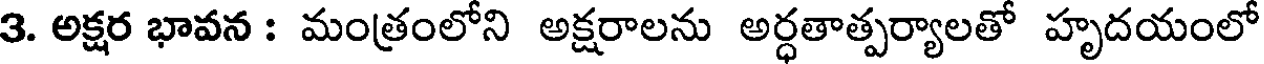
3. అక్షర భావన : మంత్రంలోని అక్షరాలను అర్ధతాత్పర్యాలతో హృదయంలో